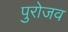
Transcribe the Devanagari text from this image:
पुरोजव